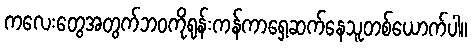
ကလေးတွေအတွက်ဘဝကိုရုန်းကန်ကာရှေ့ဆက်နေသူတစ်ယောက်ပါ။